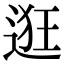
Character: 逛